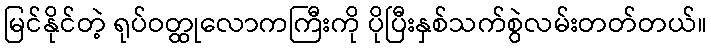
မြင်နိုင်တဲ့ ရုပ်ဝတ္ထုလောကကြီးကို ပိုပြီးနှစ်သက်စွဲလမ်းတတ်တယ်။